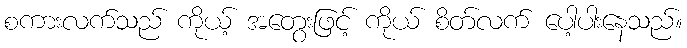
စကားလက်သည် ကိုယ့် အတွေးဖြင့် ကိုယ် စိတ်လက် ပေါ့ပါးနေသည်။